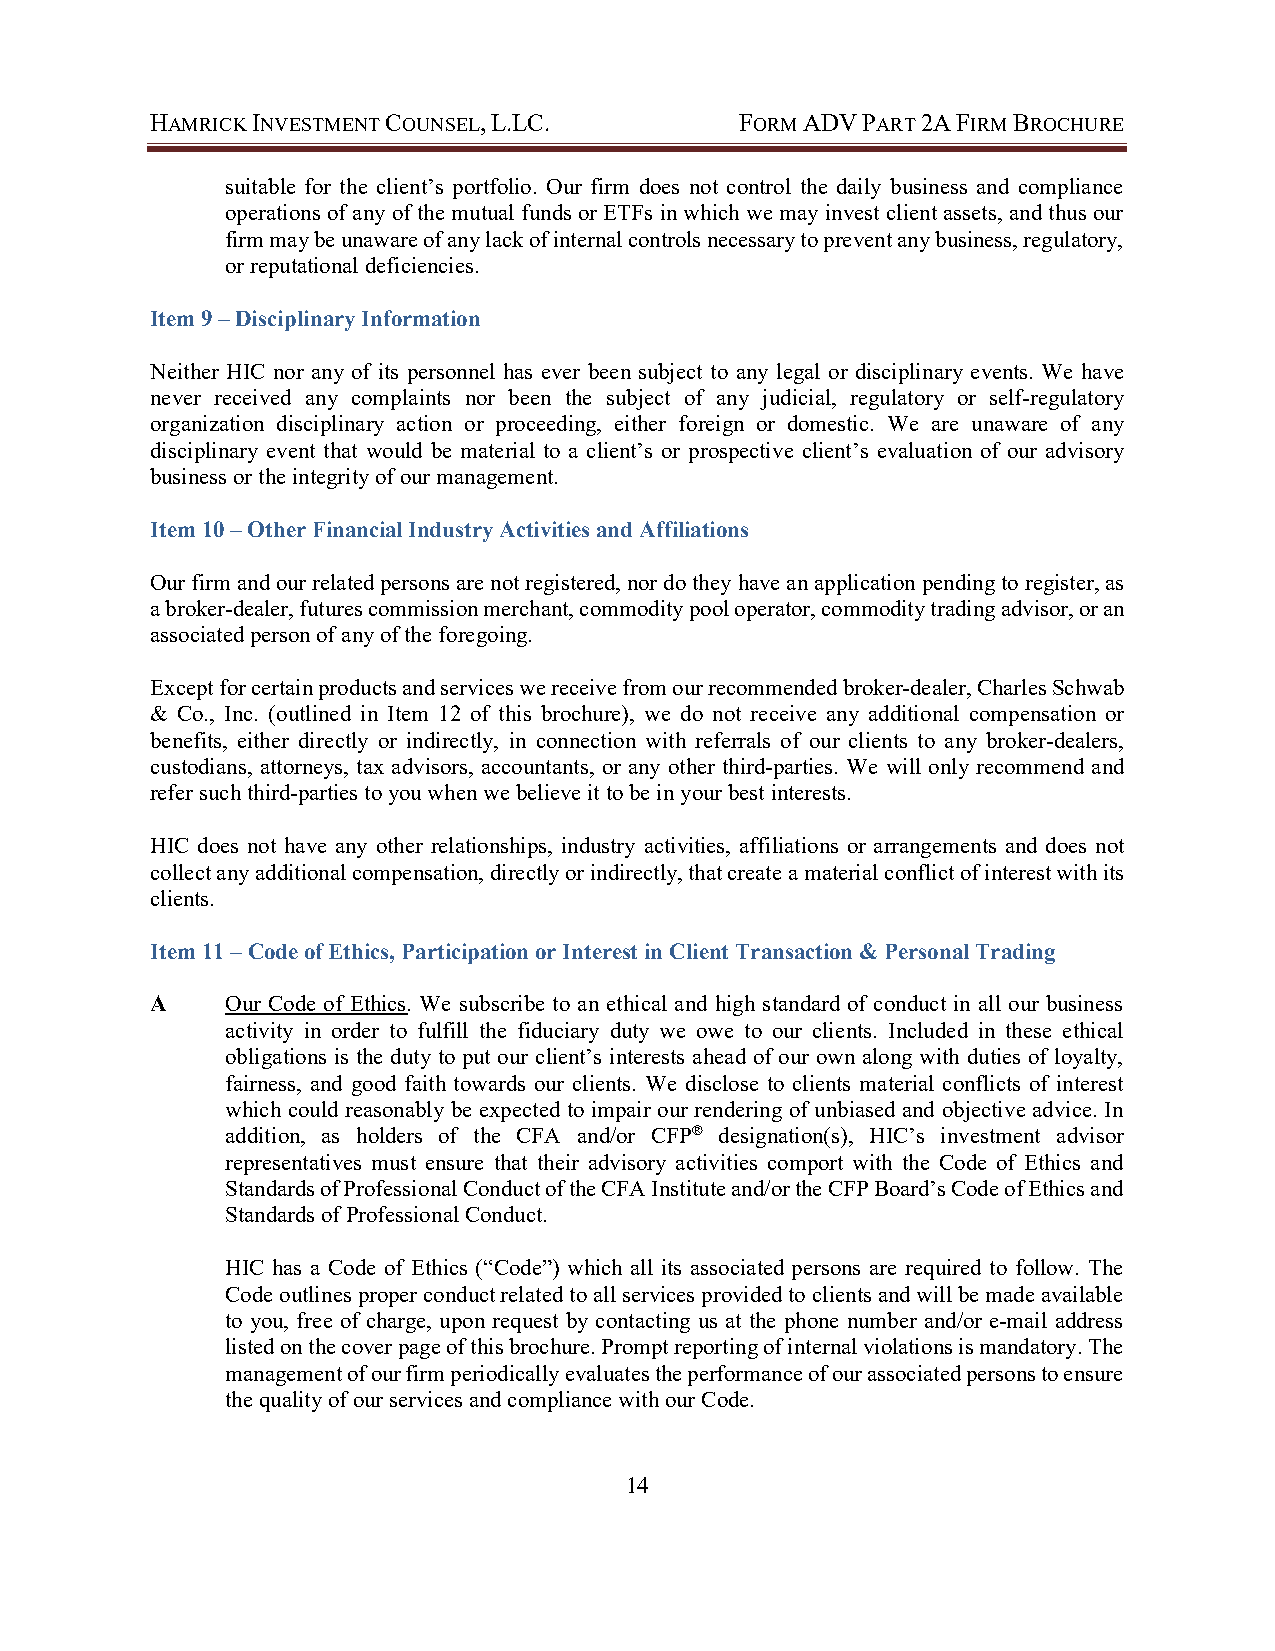
HAMRICK INVESTMENT COUNSEL, L.LC.      FORM ADV PART 2A FIRM BROCHURE
 suitable for the client’s portfolio. Our firm does not control the daily business and compliance
 operations of any of the mutual funds or ETFs in which we may invest client assets, and thus our
 firm may be unaware of any lack of internal controls necessary to prevent any business, regulatory,
 or reputational deficiencies.
 Item 9 – Disciplinary Information
 Neither HIC nor any of its personnel has ever been subject to any legal or disciplinary events. We have
 never received any complaints nor been the subject of any judicial, regulatory or self-regulatory
 organization disciplinary action or proceeding, either foreign or domestic. We are unaware of any
 disciplinary event that would be material to a client’s or prospective client’s evaluation of our advisory
 business or the integrity of our management.
 Item 10 – Other Financial Industry Activities and Affiliations
 Our firm and our related persons are not registered, nor do they have an application pending to register, as
 a broker-dealer, futures commission merchant, commodity pool operator, commodity trading advisor, or an
 associated person of any of the foregoing.
 Except for certain products and services we receive from our recommended broker-dealer, Charles Schwab
 & Co., Inc. (outlined in Item 12 of this brochure), we do not receive any additional compensation or
 benefits, either directly or indirectly, in connection with referrals of our clients to any broker-dealers,
 custodians, attorneys, tax advisors, accountants, or any other third-parties. We will only recommend and
 refer such third-parties to you when we believe it to be in your best interests.
 HIC does not have any other relationships, industry activities, affiliations or arrangements and does not
 collect any additional compensation, directly or indirectly, that create a material conflict of interest with its
 clients.
 Item 11 – Code of Ethics, Participation or Interest in Client Transaction & Personal Trading
 A    Our Code of Ethics. We subscribe to an ethical and high standard of conduct in all our business
 activity in order to fulfill the fiduciary duty we owe to our clients. Included in these ethical
 obligations is the duty to put our client’s interests ahead of our own along with duties of loyalty,
 fairness, and good faith towards our clients. We disclose to clients material conflicts of interest
 which could reasonably be expected to impair our rendering of unbiased and objective advice. In
 addition, as holders of the CFA and/or CFP® designation(s), HIC’s investment advisor
 representatives must ensure that their advisory activities comport with the Code of Ethics and
 Standards of Professional Conduct of the CFA Institute and/or the CFP Board’s Code of Ethics and
 Standards of Professional Conduct.
 HIC has a Code of Ethics (“Code”) which all its associated persons are required to follow. The
 Code outlines proper conduct related to all services provided to clients and will be made available
 to you, free of charge, upon request by contacting us at the phone number and/or e-mail address
 listed on the cover page of this brochure. Prompt reporting of internal violations is mandatory. The
 management of our firm periodically evaluates the performance of our associated persons to ensure
 the quality of our services and compliance with our Code.
 14